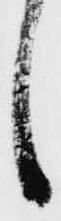
し